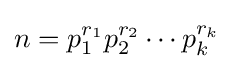
n=p_{1}^{r_{1}}p_{2}^{r_{2}}\cdots p_{k}^{r_{k}}